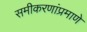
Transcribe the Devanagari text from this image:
समीकरणांप्रमाणे